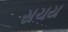
સચય